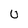
Character: u